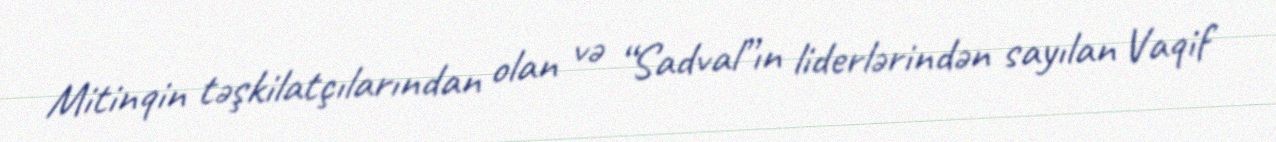
Mitinqin təşkilatçılarından olan və “Sadval”ın liderlərindən sayılan Vaqif